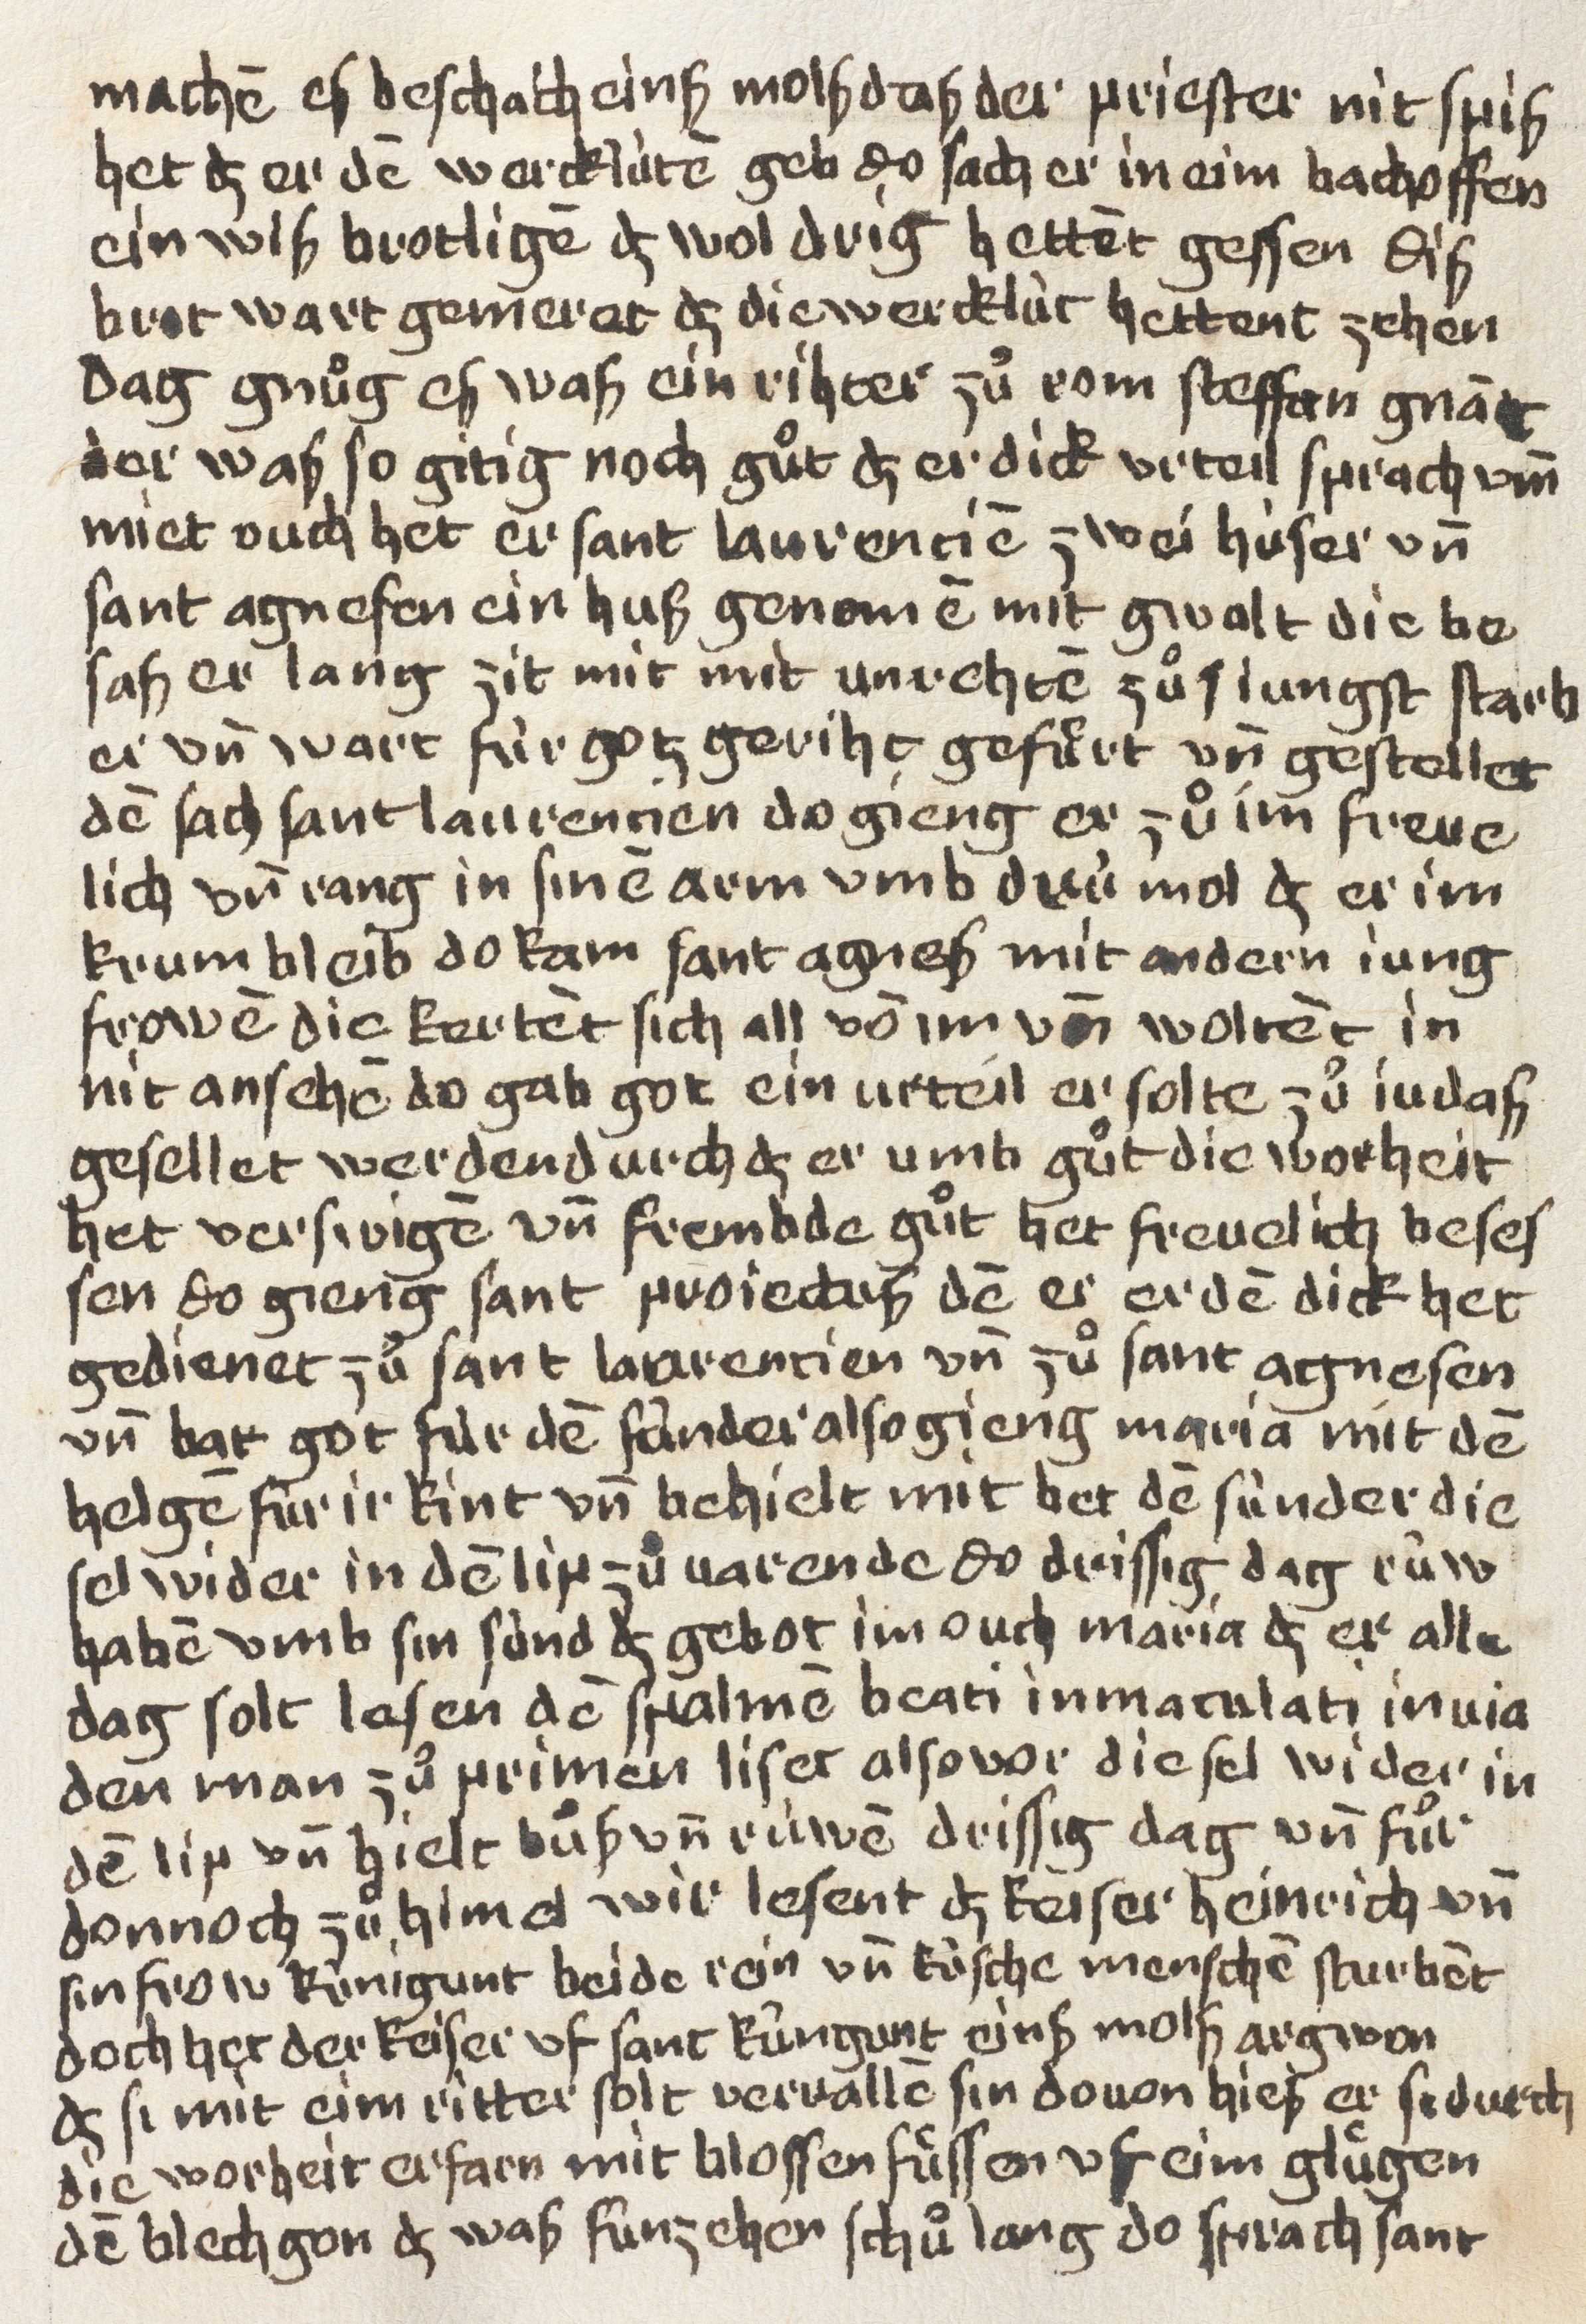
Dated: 1400–1499